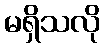
မရှိသလို